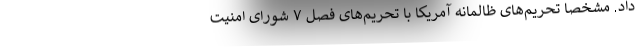
داد. مشخصا تحریم‌های ظالمانه آمریکا با تحریم‌های فصل ۷ شورای امنیت